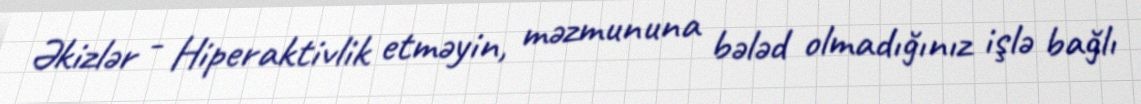
Əkizlər - Hiperaktivlik etməyin, məzmununa bələd olmadığınız işlə bağlı